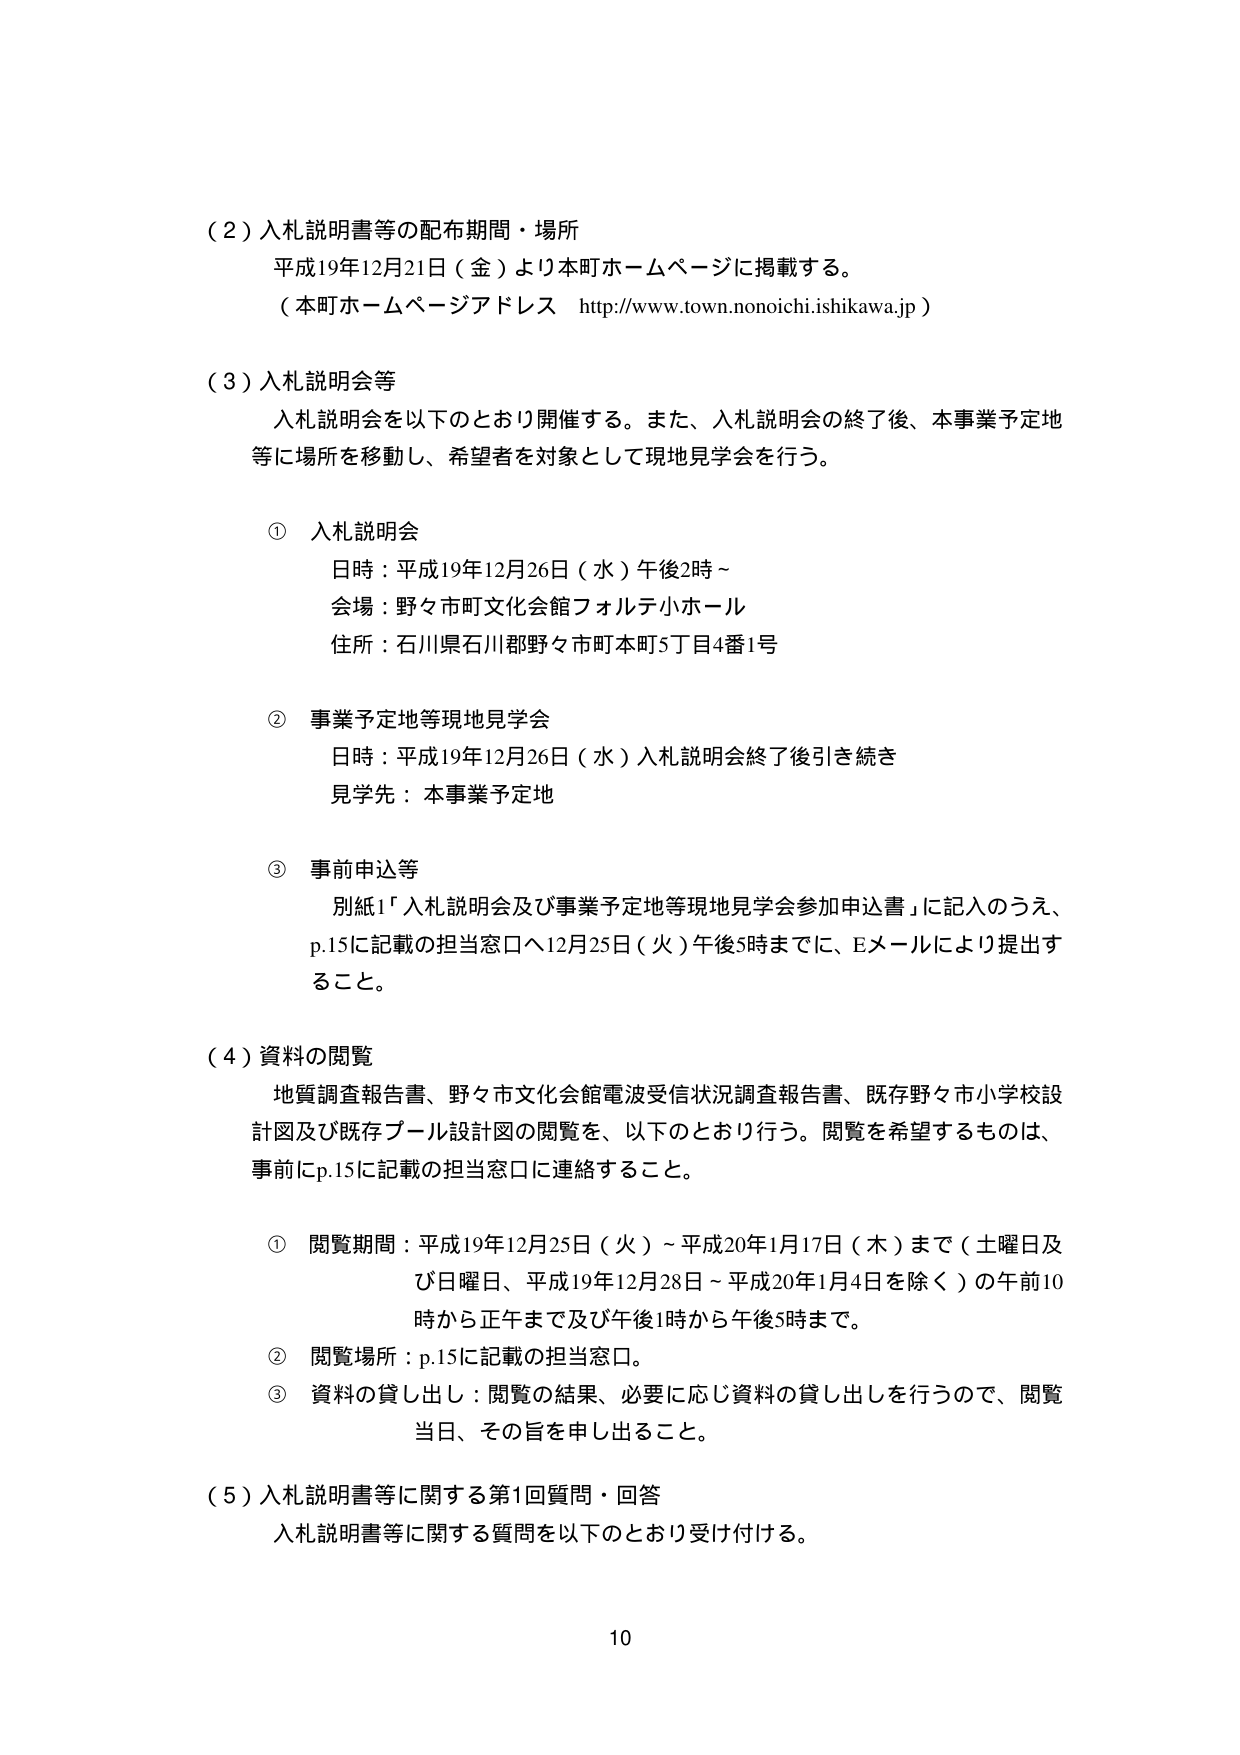
（２）入札説明書等の配布期間・場所
平成19年12月21日（金）より本町ホームページに掲載する。
（本町ホームページアドレス　http://www.town.nonoichi.ishikawa.jp）

（３）入札説明会等
入札説明会を以下のとおり開催する。また、入札説明会の終了後、本事業予定地等に場所を移動し、希望者を対象として現地見学会を行う。

① 入札説明会
日時：平成19年12月26日（水）午後2時～
会場：野々市町文化会館フォルテ小ホール
住所：石川県石川郡野々市町本町5丁目4番1号

② 事業予定地等現地見学会
日時：平成19年12月26日（水）入札説明会終了後引き続き
見学先：本事業予定地

③ 事前申込等
別紙1「入札説明会及び事業予定地等現地見学会参加申込書」に記入のうえ、
p.15に記載の担当窓口へ12月25日（火）午後5時までに、Eメールにより提出すること。

（４）資料の閲覧
地質調査報告書、野々市文化会館電波受信状況調査報告書、既存野々市小学校設計図及び既存プール設計図の閲覧を、以下のとおり行う。閲覧を希望するものは、事前にp.15に記載の担当窓口に連絡すること。

① 閲覧期間：平成19年12月25日（火）～平成20年1月17日（木）まで（土曜日及び日曜日、平成19年12月28日～平成20年1月4日を除く）の午前10時から正午まで及び午後1時から午後5時まで。
② 閲覧場所：p.15に記載の担当窓口。
③ 資料の貸し出し：閲覧の結果、必要に応じ資料の貸し出しを行うので、閲覧当日、その旨を申し出ること。

（５）入札説明書等に関する第1回質問・回答
入札説明書等に関する質問を以下のとおり受け付ける。

10